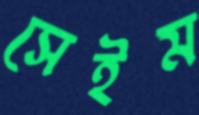
সেইম